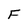
Character: F